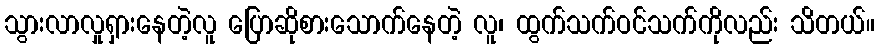
သွားလာလှုရှားနေတဲ့လူ ပြောဆိုစားသောက်နေတဲ့ လူ၊ ထွက်သက်ဝင်သက်ကိုလည်း သိတယ်။